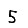
Digit: 5